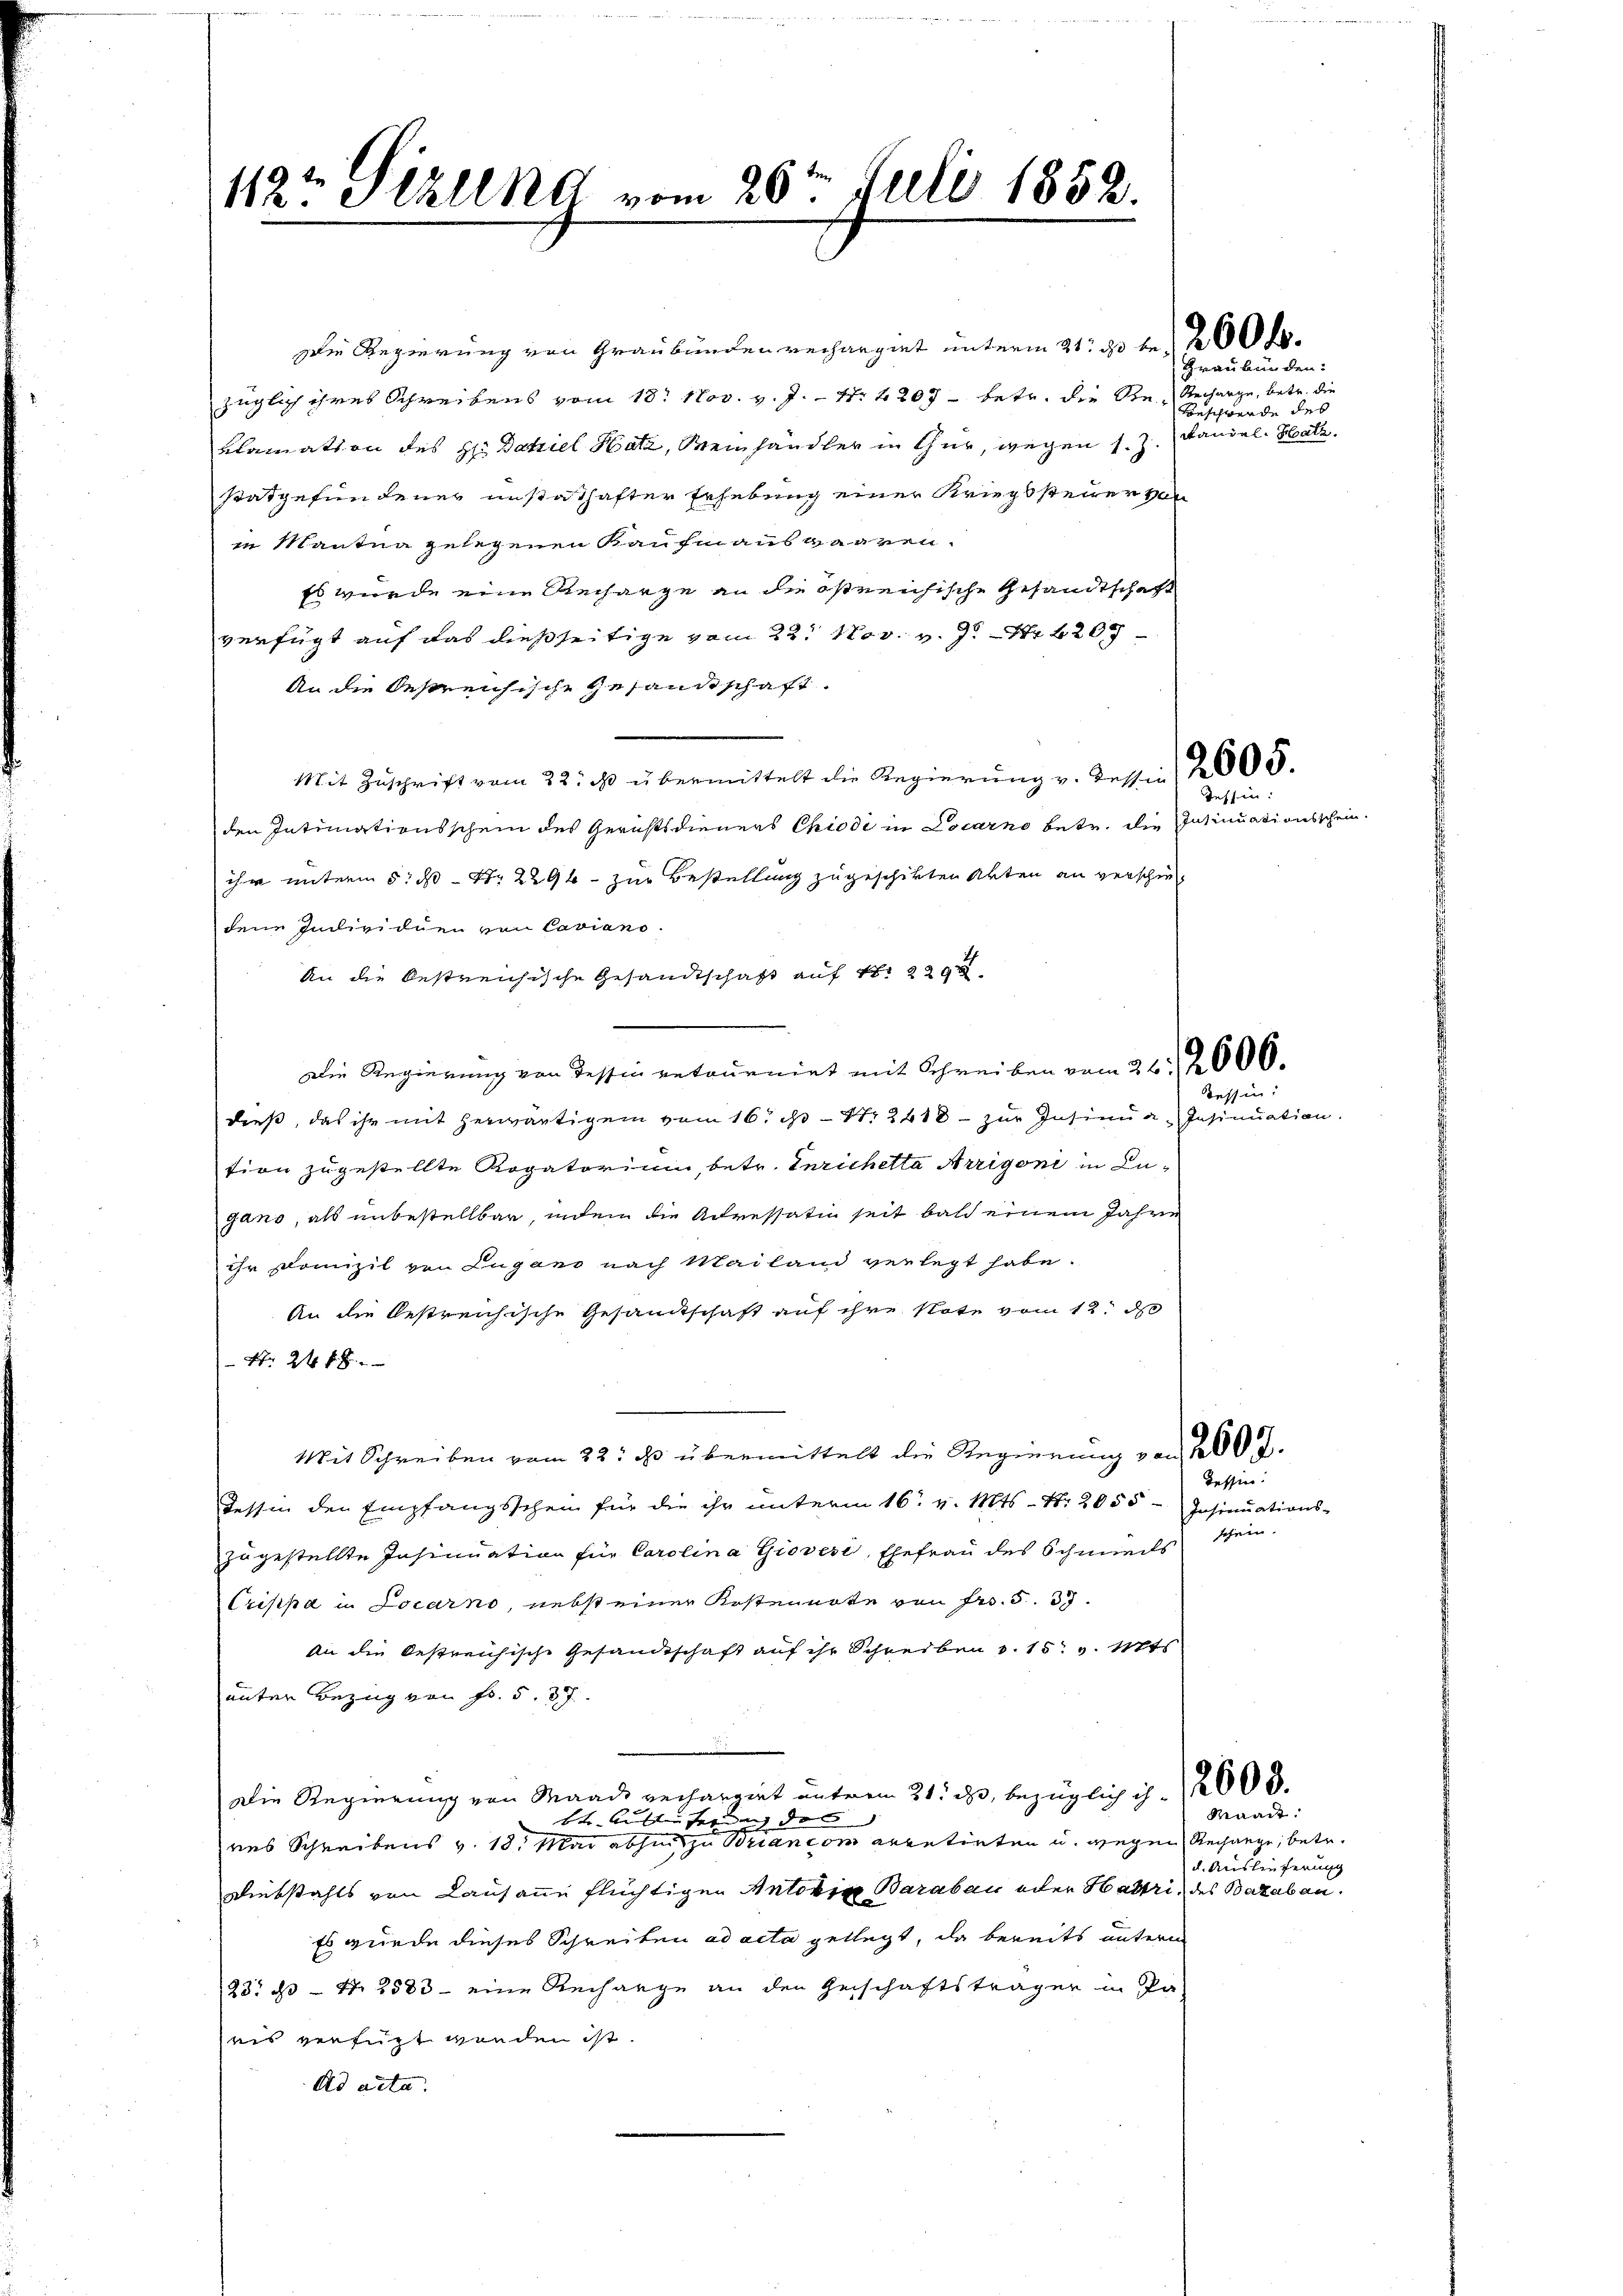
112 Sizllnd vom 26ten Juli 1852.

Die Regierung von Graubünden verhangiet unterm 21. et le 200 l.
züglich ihres Schreibens vom 18. Nov. v. J. 17. 2207 - betr. die Ste- Recharge, betr. die
Blamation des Hrn Datiel Hatz, Weinhändler in thur, wegen 1. Z.
statgefundener unstathafter Erhebung einer Kriegssteuer von
in Mantna gelegenen Kaufmannswaaren.
Es wurde eine Recharge an die östreichische Gesandtschaft
verfügt auf das dießseitige vom 22. Nov. v. J. Nr. 209
An die bestreichische Gesandtschaft
Mit Zuschrift vom 22. ds. übermittelt die Regierŭng v. dessen, 2005.
den Intimationsschein des Gerichtsdieners Chiodi in Locarno betr. die Insinuationsschein-
ihr unterm 5. ds Nr. 2296. zur Bestellung zugeschikten Akten an verschiedene Individuen von Caviano.
An die bestreichische Gesandtschaft auf 1. 229
Die Regierung von Tessin retournirt mit Schreiben vom 26. 2000.
dieß, das ihr mit herwärtigen vom 16. N. 2410 - zur Insinua Insinuation.
tion zugestellte Rogatorium, betr. Inrichetta Arrigoni in Lugano, als unbestellbar, indem die Adressation seit bald einem Jahre
ihr Domizil von Lugano nach Mailand verlegt habe.
An die bestreichische Gesamtschaft auf ihre Note vom 12. d
N 24 f 8 x
Mit Schreiben vom 22. ds. übermittelt die Regierung von 200 f.
Tessin den Empfangsschein für die ihr unterm 16. v. Mts. - Nr. 2055 - Insinuations-
zugestellte Insinuation für Carolina Giovese, Ehefrau des Schmiedls schein.
Crippa in Locarno, nebst einer Kostennote von Fr. 537.
An die bestreichische Gesandtschaft auf ihr Schreiben v. 15. v. Mts
unter Bezug von Fr. 5. 37.
Die Regierung von Maad rechargiret unterm 31. ds, bezüglich ich 2000.
btr. Kalten fernung des
res Schreibens v. 18. Mai abhin zu Briancom arretirten u. wegen Rechange, betr.
Bliebstahls von Lausanne flüchtigen Antoren Baraben oder Hattri, des Bataban¬
Es wurde dieses Schreiben ad acta gelegt, da bereits unterm
23 33 - N. 2583 - eine Recharge an den Geschäftsträger in Pa-
eis verfügt worden ist.
Ad acta.

Graubünden:
Beschwerde des
wandel. Hatz.

Tessin:

ein

Tessin:

Maan:
u. Auslieferung